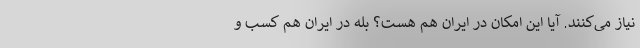
نیاز می‌کنند. آیا این امکان در ایران هم هست؟ بله در ایران هم کسب و